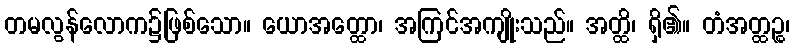
တမလွန်လောက၌ဖြစ်သော။ ယောအတ္ထော၊ အကြင်အကျိုးသည်။ အတ္ထိ၊ ရှိ၏။ တံအတ္ထဉ္စ၊